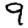
Digit: 9